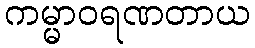
ကမ္မာဝရဏတာယ